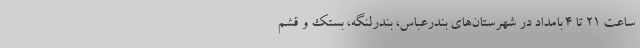
ساعت ۲۱ تا ۴ بامداد در شهرستان‌های بندرعباس، بندرلنگه، بستک و قشم